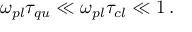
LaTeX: \omega _ { p l } \tau _ { q u } \ll \omega _ { p l } \tau _ { c l } \ll 1 \, .